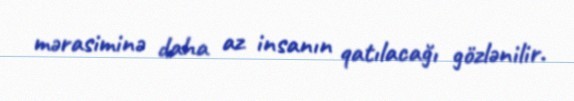
mərasiminə daha az insanın qatılacağı gözlənilir.